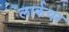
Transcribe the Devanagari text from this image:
लार्कयर